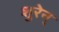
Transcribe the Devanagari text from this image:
शुरेन्